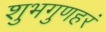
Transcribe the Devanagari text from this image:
शुभगुणहरं